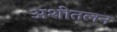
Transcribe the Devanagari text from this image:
अशीतलन